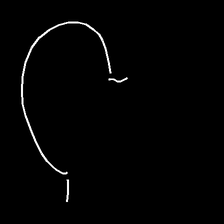
Glyph: weave